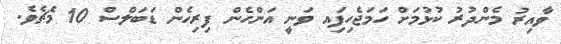
ވާއިރު މެންދުރު ކުޅުމަށް ހަމަޖެހިފަިއ ވަނީ އަންހެން ފިރިހެން ޑަބަލްސް 10 މެޗެވެ.